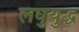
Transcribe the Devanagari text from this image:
लघुयुद्ध